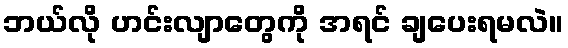
ဘယ်လို ဟင်းလျာတွေကို အရင် ချပေးရမလဲ။